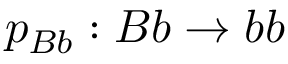
p _ { B b } : B b \rightarrow b b